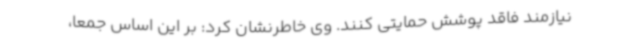
نیازمند فاقد پوشش حمایتی کنند. وی خاطرنشان کرد: بر این اساس جمعاً،